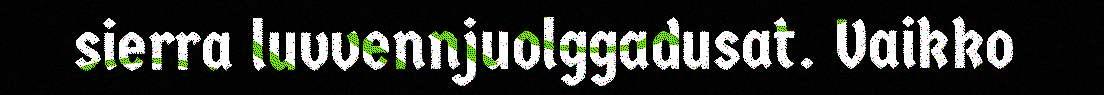
sierra luvvennjuolggadusat. Vaikko